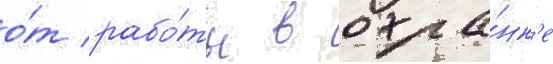
о́т рабо́ты в охра́нк'е